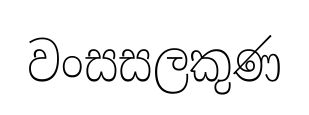
වංසසලකුණ